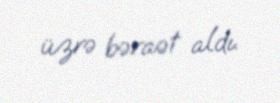
üzrə bəraət aldı.